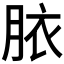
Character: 𭨳